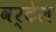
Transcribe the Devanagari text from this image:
वर्टेल